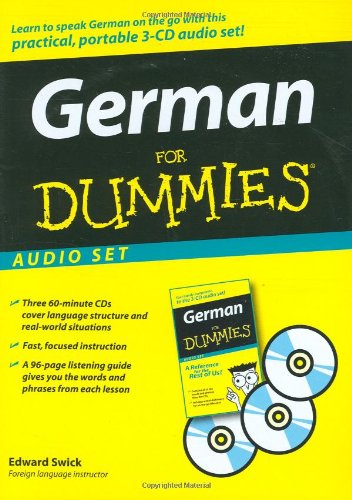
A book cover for German For Dummies Audio Set; Edward Swick; Engineering & Transportation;